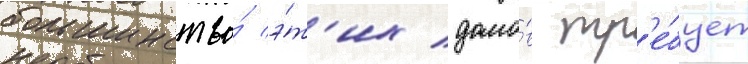
большинство́ э́т'их домо́в тр'е́бует